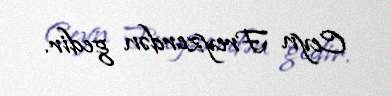
Ceyn Freyzerdən gedir.